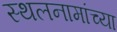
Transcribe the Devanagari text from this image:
स्थलनामांच्या